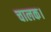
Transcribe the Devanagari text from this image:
चालक।